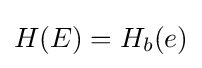
H(E)=H_{b}(e)